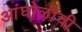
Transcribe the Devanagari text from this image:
आंघोळीची